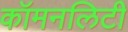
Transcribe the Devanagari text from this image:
कॉमनलिटी